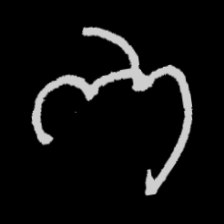
Pyu character \u2014 Myanmar letter: ဘ (romanized: bha)